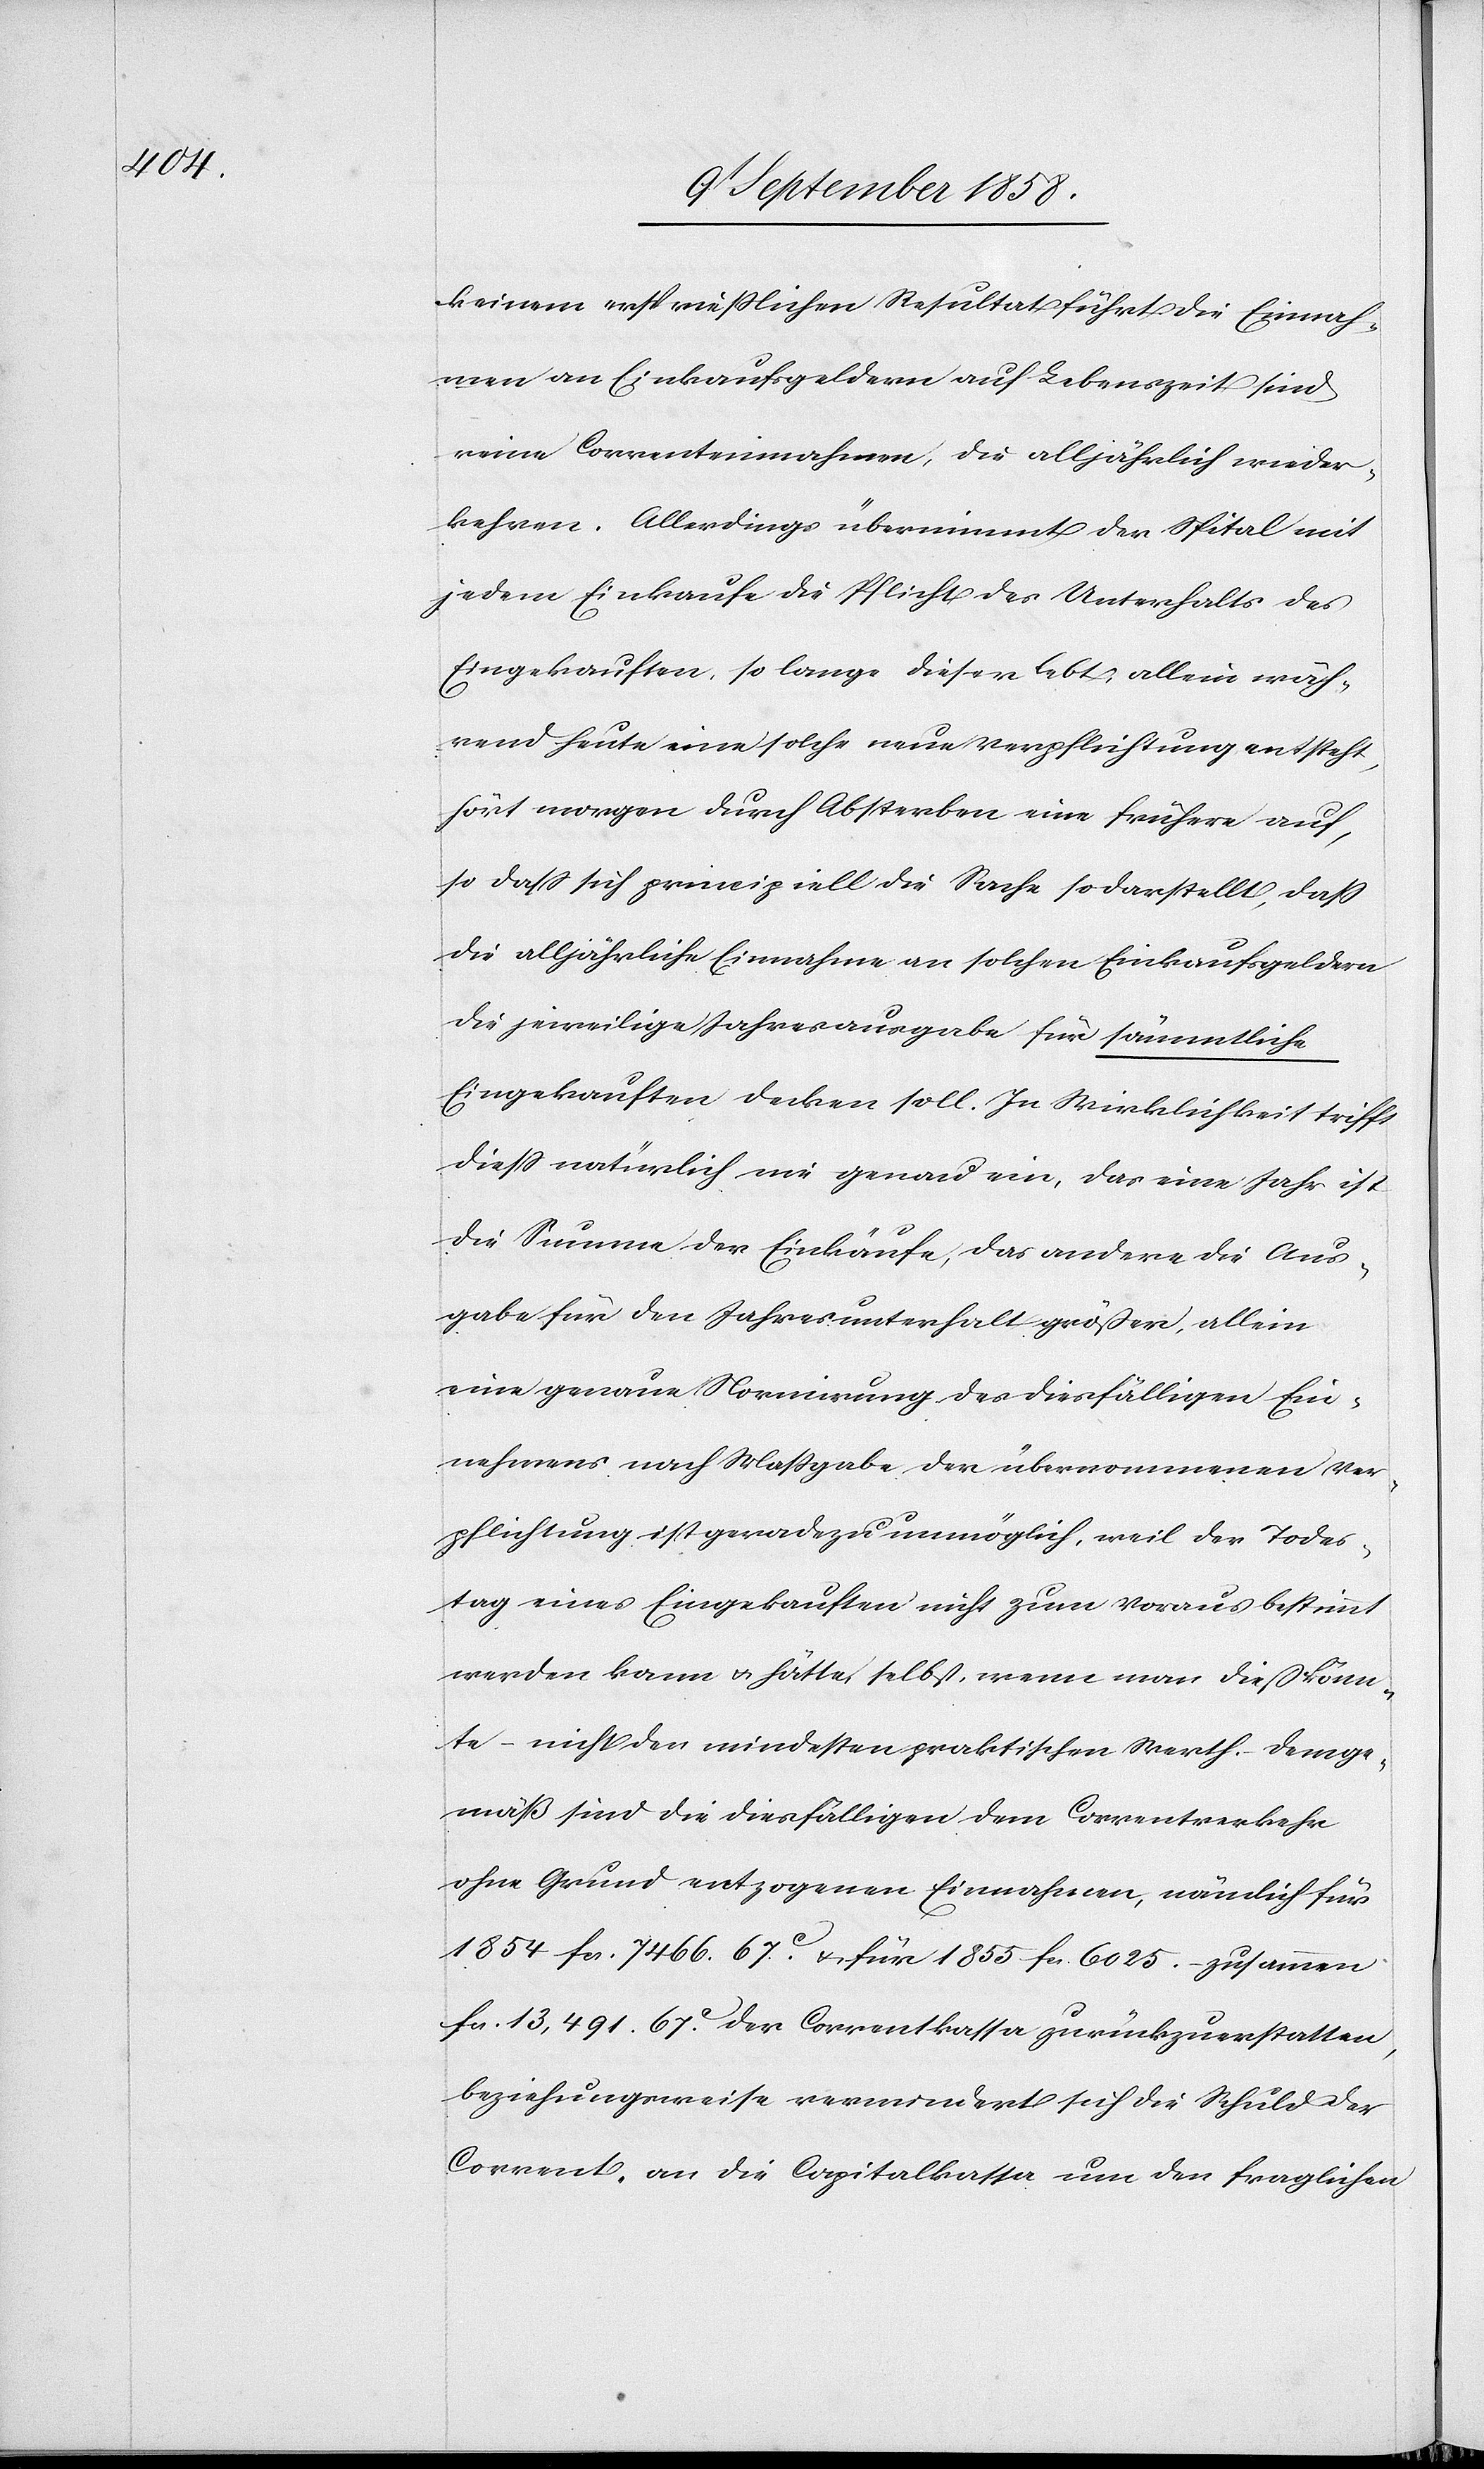
keinem ersprießlichen Resultat führt. Die Einnah¬
men an Einkaufsgeldern auf Lebenszeit sind
reine Correnteinnahmen, die alljährlich wieder¬
kehren. Allerdings übernimmt der Spital mit
jedem Einkaufe die Pflicht des Unterhalts des
Eingekauften, so lange dieser lebt; allein wäh¬
rend heute eine solche neue Verpflichtung entsteht,
hört morgen durch Absterben eine frühere auf,
so dass sich principiell die Sache so darstellt, dass
die alljährliche Einnahme an solchen Einkaufsgeldern
die jeweilige Jahresausgabe für sämmtliche
Eingekauften decken soll. In Wirklichkeit trifft
diess natürlich nie genau ein, das eine Jahr ist
die Summe der Einkäufe, das andere die Aus¬
gabe für den Jahresunterhalt größer, allein
eine genaue Normirung des diesfälligen Ein¬
nehmens nach Maßgabe der übernommenen Ver¬
pflichtung ist geradezu unmöglich, weil der Todes¬
tag eines Eingekauften nicht zum Voraus bestimmt
werden kann & hätte, selbst, wenn man dieß könn¬
te – nicht den mindesten praktischen Werth. – Demge¬
mäß sind die diesfälligen dem Correntverkehr
ohne Grund entzogenen Einnahmen, nämlich für
1854 fcs. 7466. 67c. & für 1855 fcs. 6025. – zusammen
fcs. 13,491. 67c. der Correntkassa zurückzuerstatten,
beziehungsweise vermindert sich die Schuld der
Corrent- an die Capitalkassa um den fraglichen